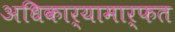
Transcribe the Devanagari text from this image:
अधिकार्‍यामार्फत